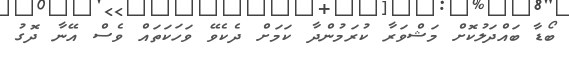
ބޯޑާ ބައްދަލުކޮށް މަޝްވަރާ ކުރަމުންދާ ކަމަށް ދެކެވޭ ވަހަކަތައް ވެސް އޭނާ ދޮގު